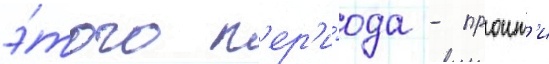
э́того п'ер'и́ода - проит'и